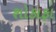
શોકાફા